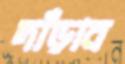
দাঁড়াব